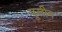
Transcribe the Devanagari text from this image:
पूलीन